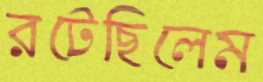
রটেছিলেম